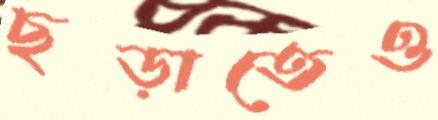
ছড়াতেও